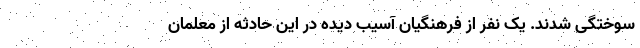
سوختگی شدند. یک نفر از فرهنگیان آسیب دیده در این حادثه از معلمان